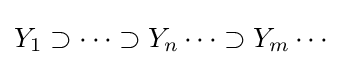
Y_{1}\supset \cdots \supset Y_{n}\cdots \supset Y_{m}\cdots